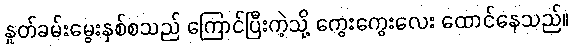
နှုတ်ခမ်းမွေးနှစ်စသည် ကြောင်ပြီးကဲ့သို့ ကွေးကွေးလေး ထောင်နေသည်။